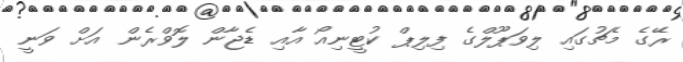
ރޭގެ މެޗުގައި ލިވަޕޫލްގެ ފިލިޕް ކުޓީނިއޯ އާއި ޑެޖާން ލޮވްރެން އަށް ވަނީ